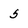
Character: 5